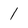
Character: l